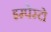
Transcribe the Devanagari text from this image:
इम्पेस्टो